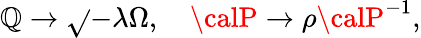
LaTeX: {\cal\mathbb{Q}}\rightarrow\sqrt{}{{-\lambda}}\Omega,\quad{\calP}\rightarrow\rho{\calP}^{-1},